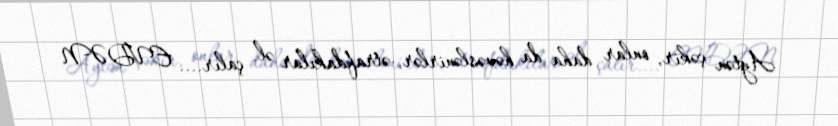
Aytən çəkir, onlar daha da həvəslənirlər, ətrafdakılar əl çalır.... EVDƏN